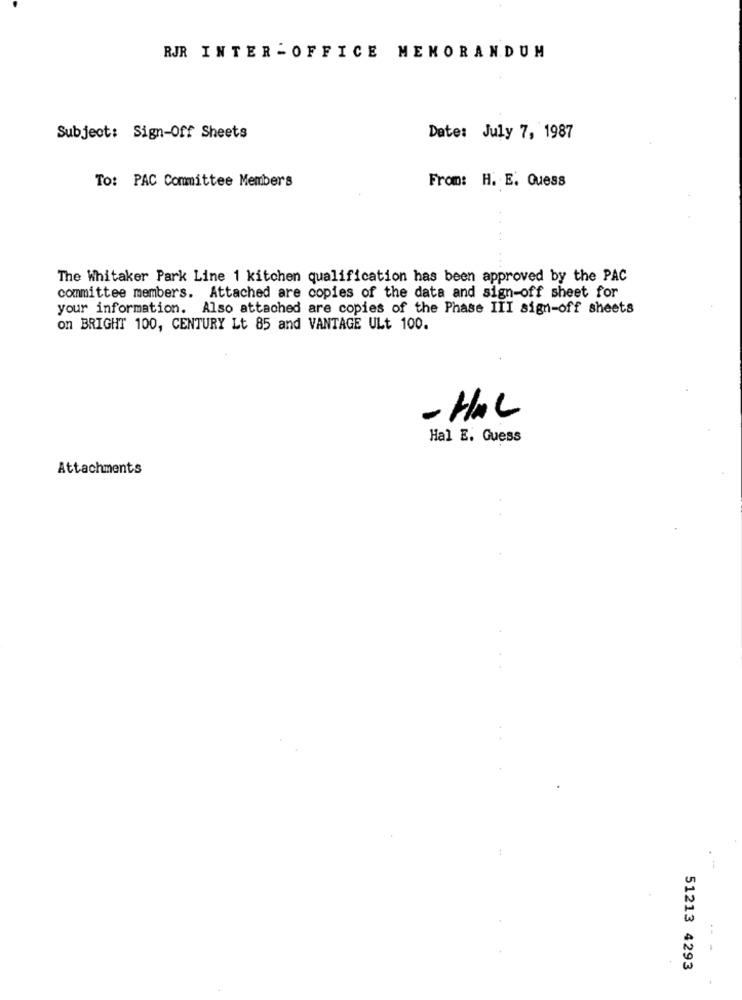
RJR INTER -OFFICE MEMORANDUM
Subject: Sign-Off Sheets
Date: July 7, 1987
To: PAC Committee Members
From: H. E. Guess
The Whitaker Park Line 1 kitchen qualification has been approved by the PAC
committee members. Attached are copies of the data and sign-off sheet for
your information. Also attached are copies of the Phase III sign-off sheets
on BRIGHT 100, CENTURY Lt 85 and VANTAGE ULt 100.
- HAL
Hal E. Guess
Attachments
---
51213 4293